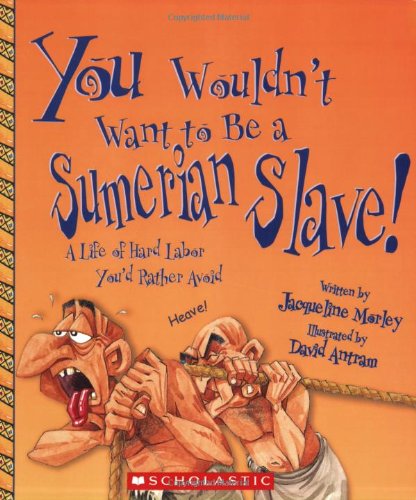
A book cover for You Wouldn't Want to Be a Sumerian Slave!: A Life of Hard Labor You'd Rather Avoid; Jacqueline Morley; History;